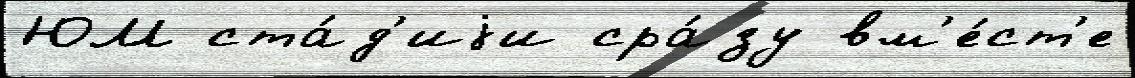
ЮМ ста́д'иjи сра́зу вм'е́ст'е